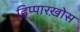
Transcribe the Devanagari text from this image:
हिप्पारख़ोस